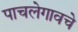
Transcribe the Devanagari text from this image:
पाचलेगावचे